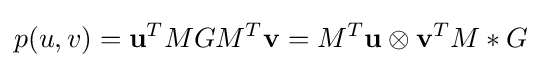
p(u,v)=\mathbf {u} ^{T}MGM^{T}\mathbf {v} =M^{T}\mathbf {u} \otimes \mathbf {v} ^{T}M\ast G